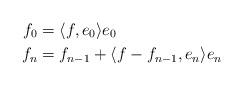
LaTeX: \begin{align*}f_0&=\langle f,e_0\rangle e_0\\f_{n}&=f_{n-1}+\langle f-f_{n-1},e_n\rangle e_n\end{align*}